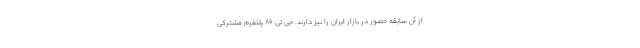
از آن سابقه حضور در بازار ایران را نیز دارند. جی تی 86 پلتفرم مشترکی